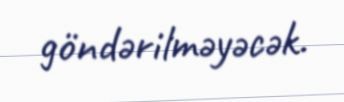
göndərilməyəcək.